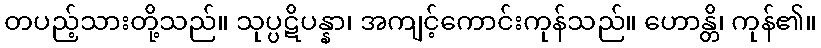
တပည့်သားတို့သည်။ သုပ္ပဋိပန္နာ၊ အကျင့်ကောင်းကုန်သည်။ ဟောန္တိ၊ ကုန်၏။